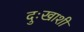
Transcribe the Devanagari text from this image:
दुःखाशी